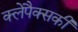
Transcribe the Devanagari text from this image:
क्लेपैक्सकी